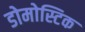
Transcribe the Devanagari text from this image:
डोमोस्टिक